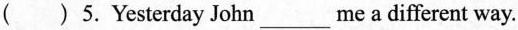
( )5.Yesterday John___me a different way.